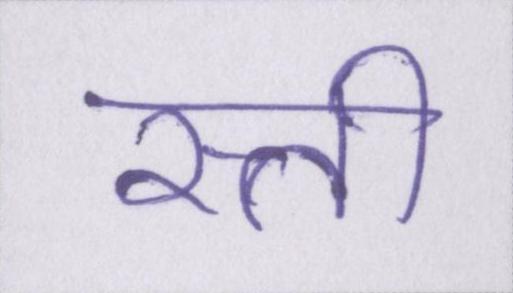
रत्ती